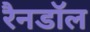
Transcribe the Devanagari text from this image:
रैनडॉल